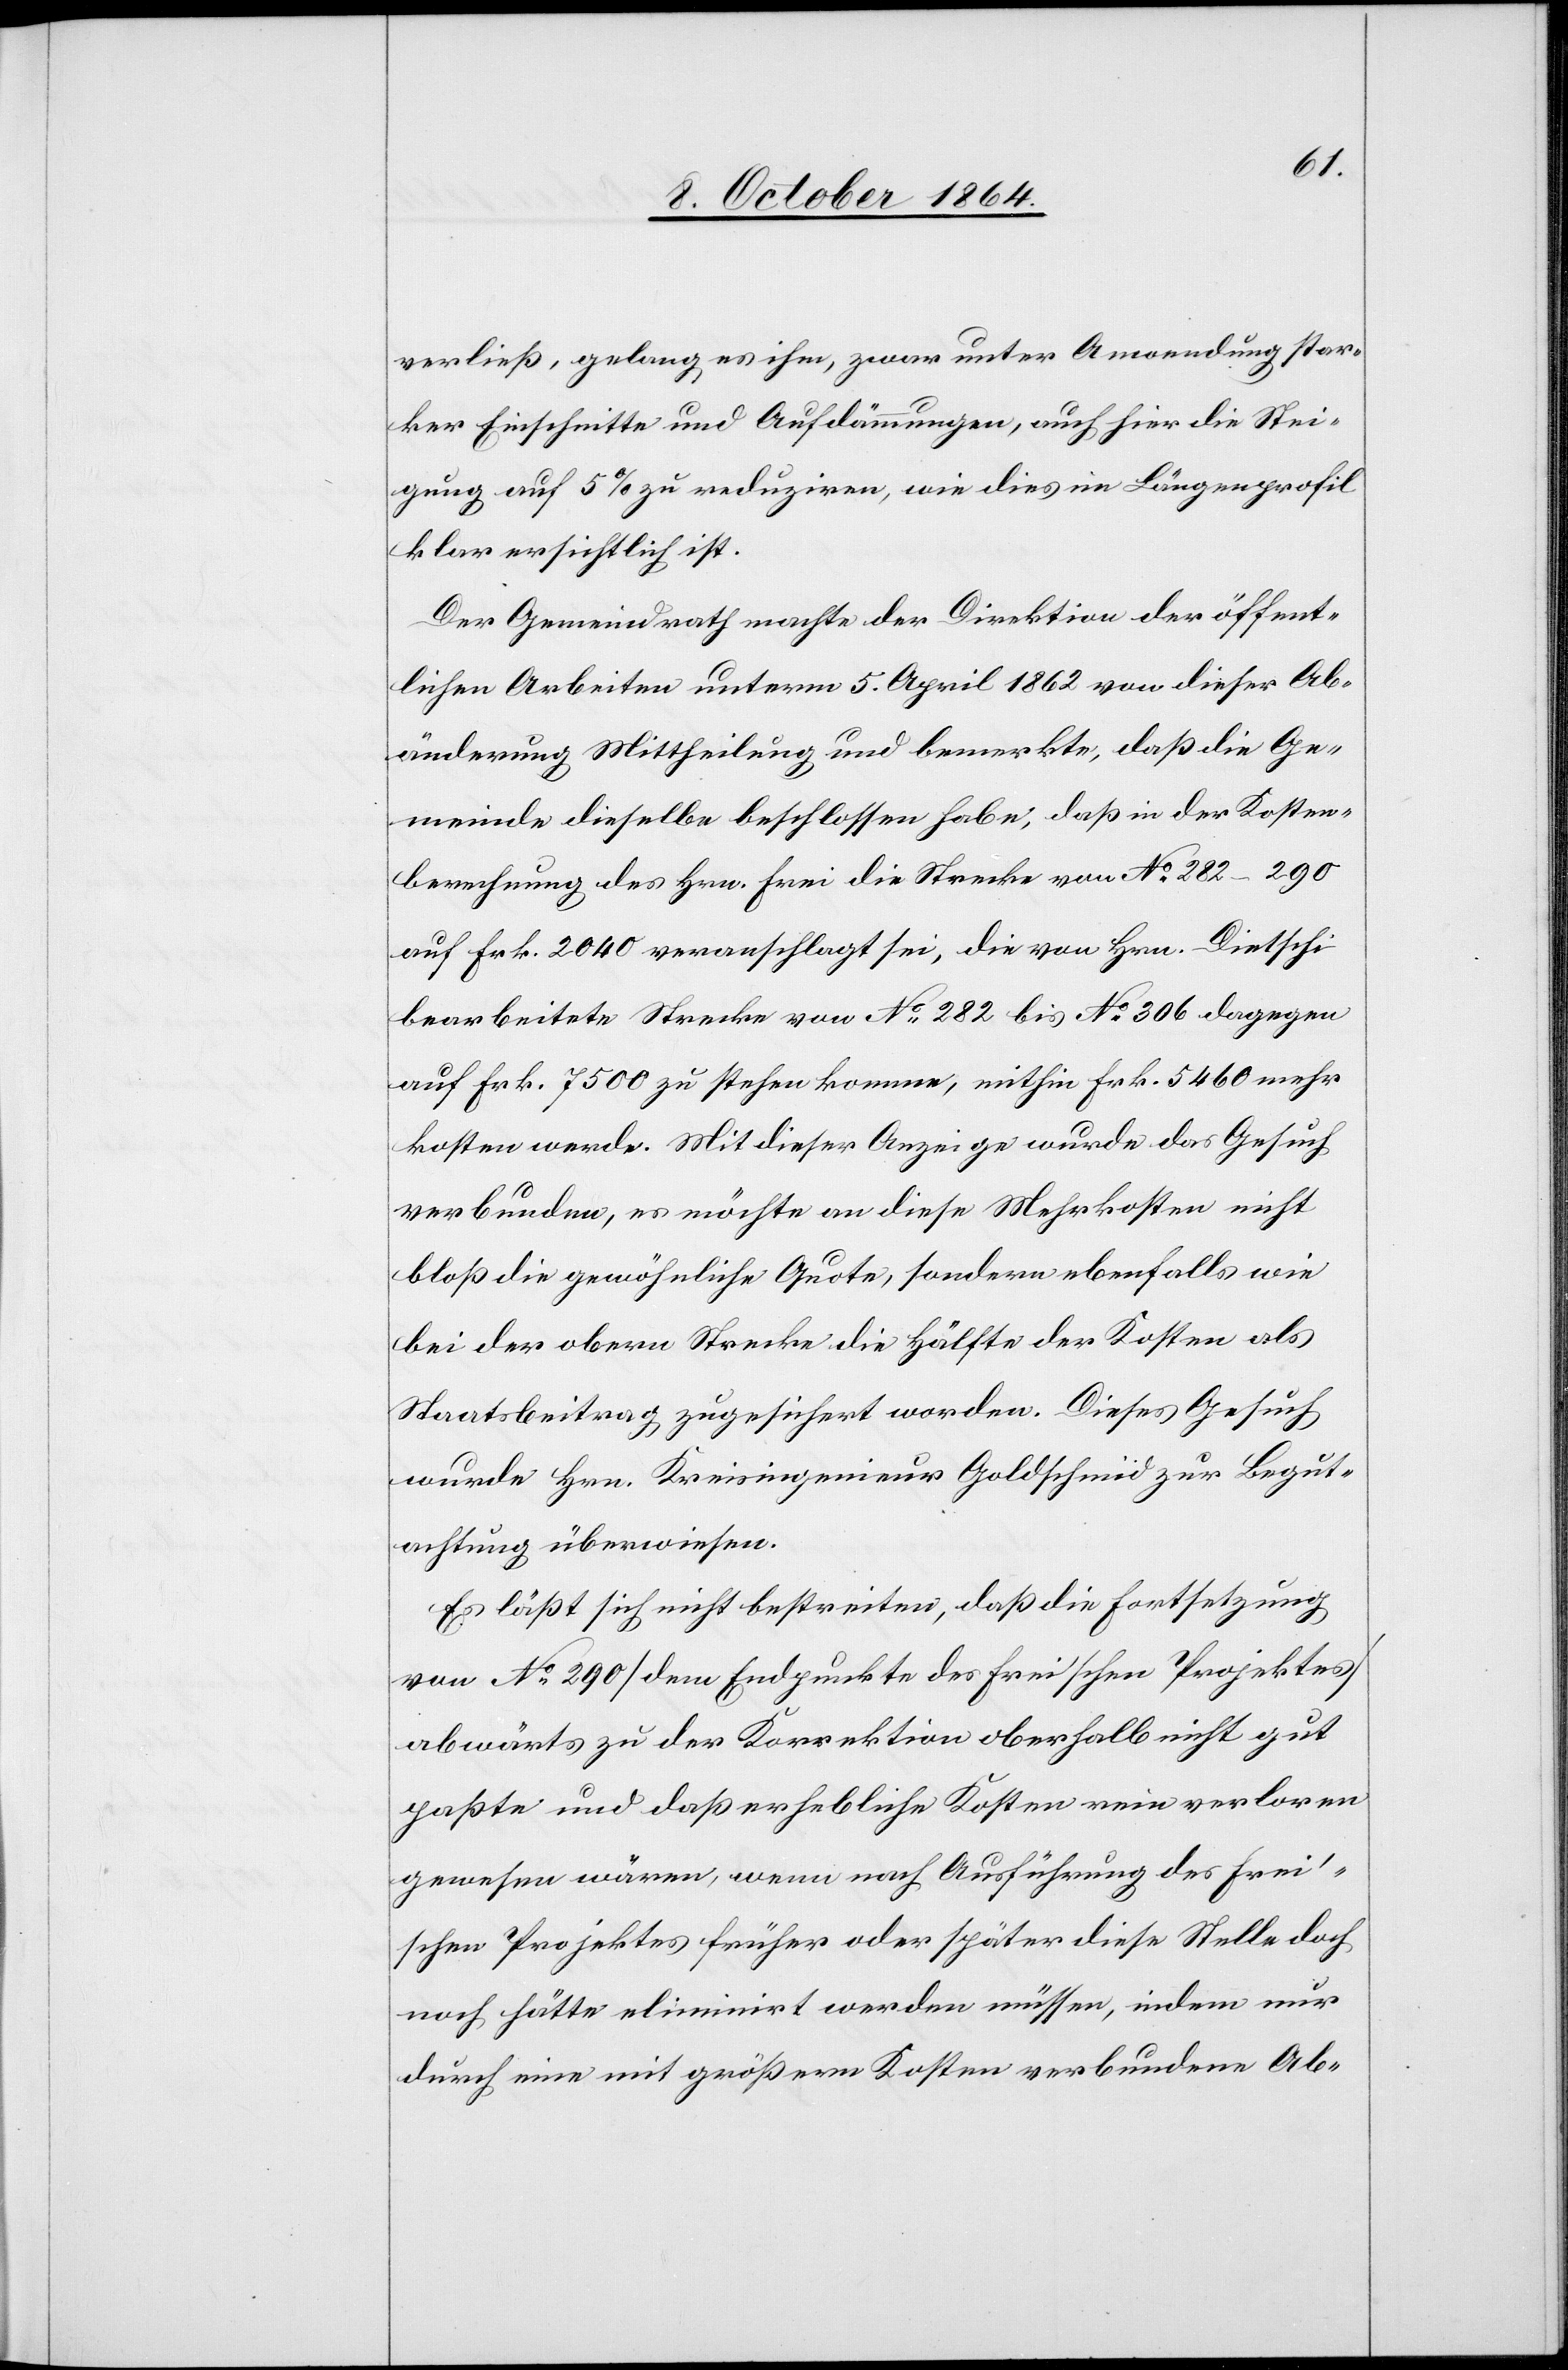
verließ, gelang es ihm, zwar unter Anwendung star¬
ker Einschnitte und Aufdämmungen, auch hier die Stei¬
gung auf 5% zu reduziren, wie dies im Längenprofil
klar ersichtlich ist.
Der Gemeindrath machte der Direktion der öffent¬
lichen Arbeiten unterm 5. April 1862 von dieser Ab¬
änderung Mittheilung und bemerkte, daß die Ge¬
meinde dieselbe beschlossen habe, daß in der Kosten¬
berechnung des Hrn. Frei die Strecke von No 282–290
auf Frk. 2 040 veranschlagt sei, die von Hrn. Dietschi
bearbeitete Strecke von No 282 bis No 306 dagegen
auf Frk. 7 500 zu stehen komme, mithin Frk. 5 460 mehr
kosten werde. Mit dieser Anzeige wurde das Gesuch
verbunden, es möchte an diese Mehrkosten nicht
bloß die gewöhnliche Quote, sondern ebenfalls wie
bei der obern Strecke die Hälfte der Kosten als
Staatsbeitrag, zugesichert werden. Dieses Gesuch
wurde von Hrn. Kreisingenieur Goldschmid zur Begut¬
achtung überwiesen.
Es läßt sich nicht bestreiten, daß die Fortsetzung
von No 290 [dem Endpunkte des Frei’schen Projektes]
abwärts zu der Korrektion oberhalb nicht gut
paßte und daß erhebliche Kosten rein verloren
gewesen wären, wenn nach Ausführung des Frei’s¬
chen Projektes früher oder später diese Stelle doch
noch hätte eliminirt werden müssen, indem nur
durch eine mit größern Kosten verbundene Ab-